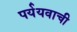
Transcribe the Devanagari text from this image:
पर्ययवाची